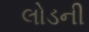
લોડની